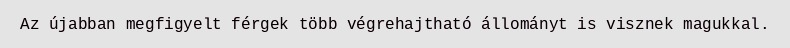
Az újabban megfigyelt férgek több végrehajtható állományt is visznek magukkal.